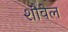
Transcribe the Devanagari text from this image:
शौवेल